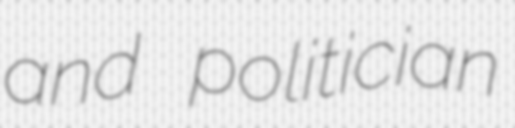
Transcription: and politician